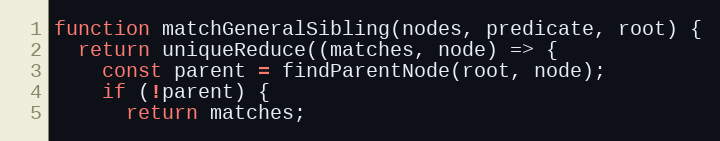
Language: JavaScript
function matchGeneralSibling(nodes, predicate, root) {
  return uniqueReduce((matches, node) => {
    const parent = findParentNode(root, node);
    if (!parent) {
      return matches;